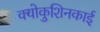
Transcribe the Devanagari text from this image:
क्योकुशिनकाई